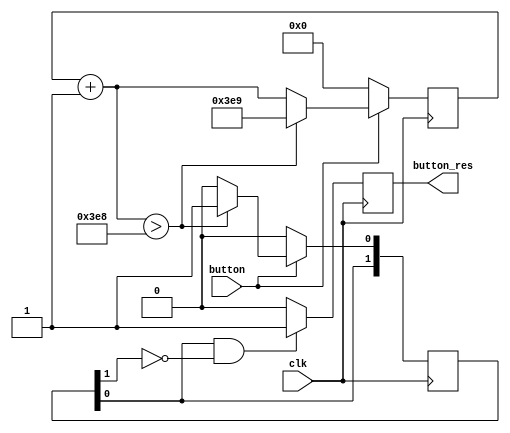
`timescale 1ns / 1ps
//////////////////////////////////////////////////////////////////////////////////
// Company: 
// Engineer: 
// 
// Design Name: 
// Module Name: testdb
// Project Name: 
// Target Devices: 
// Tool Versions: 
// Description: 
// 
// Dependencies: 
// 
// Revision:
// Revision 0.01 - File Created
// Additional Comments:
// 
//////////////////////////////////////////////////////////////////////////////////


module debouncer(
    input clk,
    input button,
    output button_res
    );
    
    reg button_res_state = 0;
    // assign button_res = button_res_state;
    
    reg [1:0] counter;
    reg [10:0] counter2;
    always @(posedge clk) begin
        if(button == 0) begin
            counter[1] <= counter[0];
            counter[0] <= 0;
            counter2 <= 0;
        end else begin
            counter2 = counter2 + 1;
            if(counter2 > 1000) begin
                counter[1] <= counter[0];
                counter[0] <= 1;
                counter2 <= 1001;
            end else begin
                counter[1] <= counter[0];
                counter[0] <= 0;
            end
        end
        if(counter[0] == 1 && counter[1] == 0) begin
            button_res_state <= 1;
        end else begin
            button_res_state <= 0;
        end
    end

    assign button_res = button_res_state;
endmodule